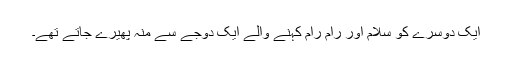
ایک دوسرے کو سلام اور رام رام کہنے والے ایک دوجے سے منہ پھیرے جاتے تھے۔